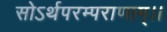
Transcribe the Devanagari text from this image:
सोऽर्थपरम्पराणाम्।।